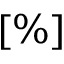
[ \% ]